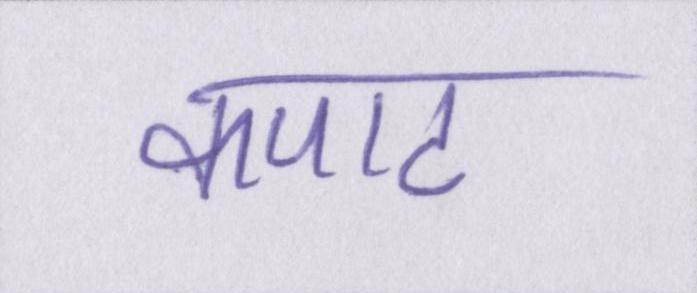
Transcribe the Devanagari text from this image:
कपाट